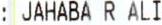
: JAHABA R ALI